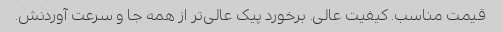
قیمت مناسب. کیفیت عالی. برخورد پیک عالی‌تر از همه جا و سرعت آوردنش.